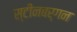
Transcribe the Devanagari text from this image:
स्टीनबर्गन